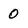
Character: 0